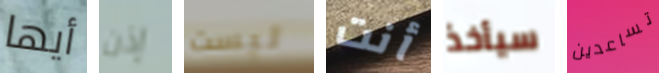
أيها إذن ليست أنت سيأخذ تساعدين